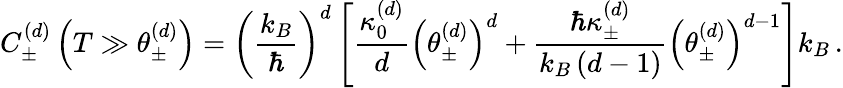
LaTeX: C_{\pm}^{\left(d\right)}\left(T\gg\theta_{\pm}^{\left(d\right)}\right)=\left(\frac{k_{B}}{\hbar}\right)^{d}\left[\frac{\kappa_{0}^{\left(d\right)}}{d}\left(\theta_{\pm}^{\left(d\right)}\right)^{d}+\frac{\hbar\kappa_{\pm}^{\left(d\right)}}{k_{B}\left(d-1\right)}\left(\theta_{\pm}^{\left(d\right)}\right)^{d-1}\right]k_{B}\, .